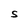
Character: S